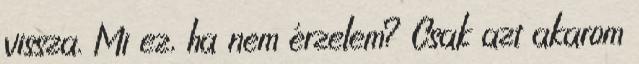
vissza. Mi ez, ha nem érzelem? Csak azt akarom